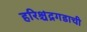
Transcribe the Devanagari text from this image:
हरिश्चंद्रगडाची